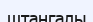
штангалы